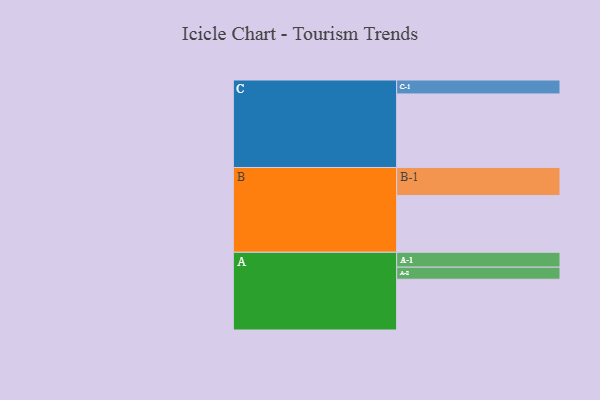
{"axis": {"x": "Segment", "y": "Value"}, "legend": ["", "A", "B", "C"], "data": [{"x": "A", "y": 379, "type": ""}, {"x": "B", "y": 424, "type": ""}, {"x": "C", "y": 549, "type": ""}, {"x": "A-1", "y": 111, "type": "A"}, {"x": "A-2", "y": 90, "type": "A"}, {"x": "B-1", "y": 209, "type": "B"}, {"x": "C-1", "y": 104, "type": "C"}]}